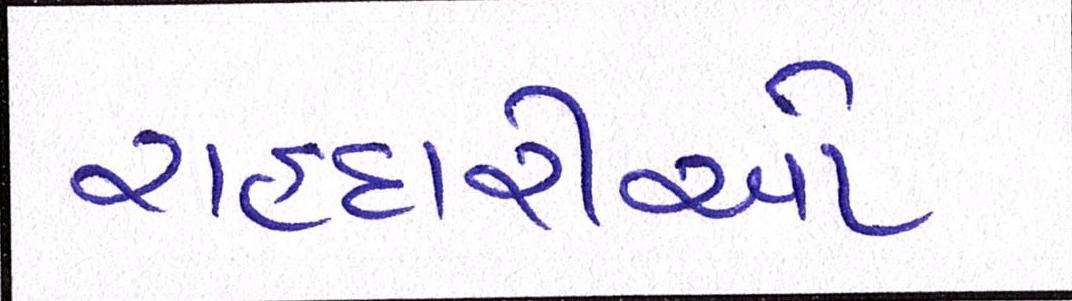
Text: રાહદારીઓ